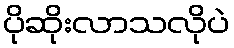
ပိုဆိုးလာသလိုပဲ